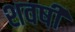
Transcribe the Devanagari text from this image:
शवषी